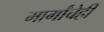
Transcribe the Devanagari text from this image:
मार्गांचेही